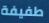
طفيفة